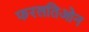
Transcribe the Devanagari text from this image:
फरलतिओन